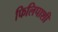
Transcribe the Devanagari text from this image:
फिलिपाशी